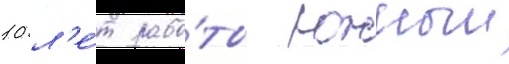
10 л'е́т рабо́ты южныи